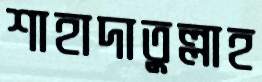
শাহাদাতুল্লাহ